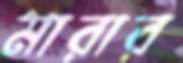
মারার